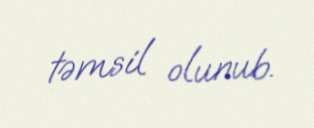
təmsil olunub.